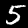
Label: 5